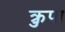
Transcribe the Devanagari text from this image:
क्रुपा